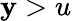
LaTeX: \mathbf{y}>u